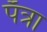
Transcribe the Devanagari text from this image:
पॅत्रा